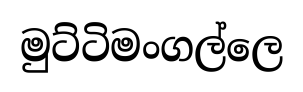
මුට්ටිමංගල්ලෙ